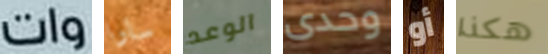
وات سارا الوعد وحدى أو هكذا